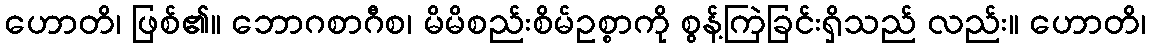
ဟောတိ၊ ဖြစ်၏။ ဘောဂစာဂီစ၊ မိမိစည်းစိမ်ဥစ္စာကို စွန့်ကြဲခြင်းရှိသည် လည်း။ ဟောတိ၊